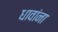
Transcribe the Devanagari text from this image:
धावांना